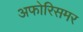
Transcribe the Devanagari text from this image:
अफोरिसमर